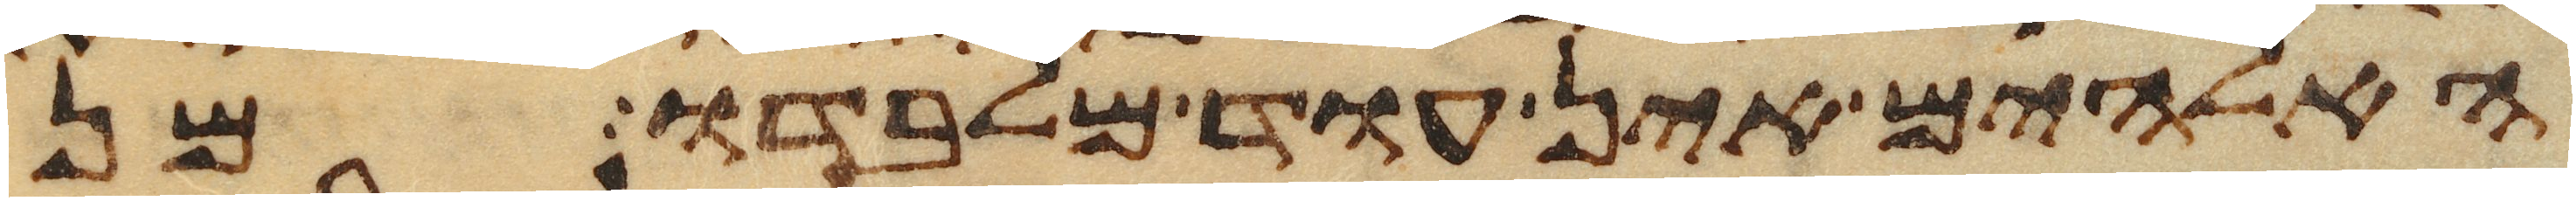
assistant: האלהים אין עוד מלבדו מן